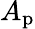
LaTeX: A_{\textup{p}}